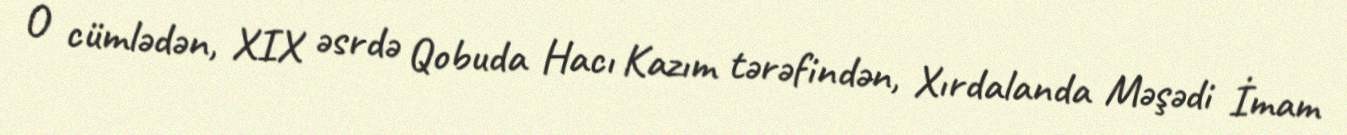
O cümlədən, XIX əsrdə Qobuda Hacı Kazım tərəfindən, Xırdalanda Məşədi İmam